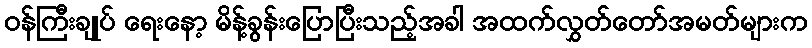
ဝန်ကြီးချုပ် ရေးနော့ မိန့်ခွန်းပြောပြီးသည့်အခါ အထက်လွှတ်တော်အမတ်များက